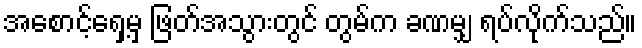
အစောင့်ရှေ့မှ ဖြတ်အသွားတွင် တွမ်က ခဏမျှ ရပ်လိုက်သည်။